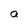
Character: a